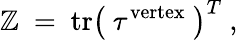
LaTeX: {\cal\mathbb{Z}}~=~\mathrm{{tr}}\left(~\tau^{\mathrm{{vertex}}}~\right)^{T}\ ,